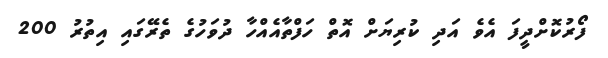
ފޯރުކޮށްދީފަ އެވެ އަދި ކުރިޔަށް އޮތް ހަފްތާއެއްހާ ދުވަހުގެ ތެރޭގައި އިތުރު 200